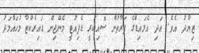
ޒިޔާދު އެވެ. އަދި އެލައިޑްގެ ފަރާތުން ސޮއިކުރީ ޑެޕިއުޓީ މެނޭޖިން ޑައިރެކްޓާ މުހައްމަދު